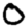
Digit: 0